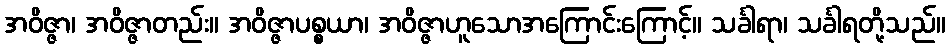
အဝိဇ္ဇာ၊ အဝိဇ္ဇာတည်း။ အဝိဇ္ဇာပစ္စယာ၊ အဝိဇ္ဇာဟူသောအကြောင်းကြောင့်။ သင်္ခါရာ၊ သင်္ခါရတို့သည်။